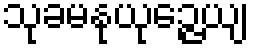
သုခမနုယုဉ္ဇေယျ